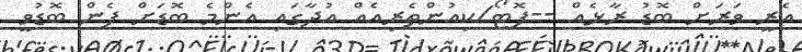
އެރީ ވަރަށް ބޮޑު ރާޅެއް --ފޮޓޯ/ކިއުންތެރިއެއް އުދާގައި އެންމެ ބޮޑަށް ފެން ބޮޑުވީ